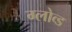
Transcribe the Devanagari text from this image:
ग्लोव्ड